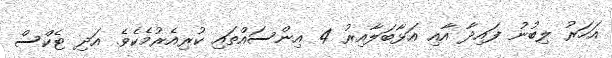
އަހަރު ލިބުނު ފައިދާ އާއި އަޅާބަލާއިރު 4 އިންސައްތައި ކުރިއެރުމެކެވެ. އަދި ޓެކްސް